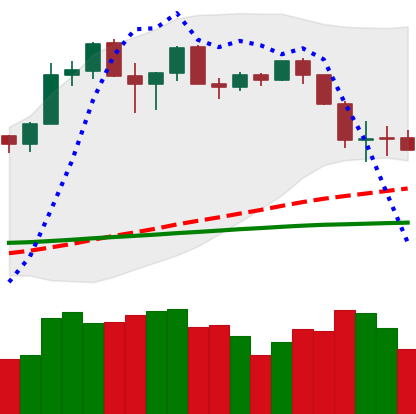
Ticker: ETH-USD
Chart end date: 2020-02-29
Forward return: 4.285%
Label: up_3_5